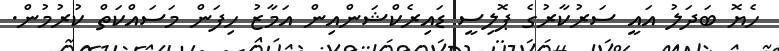
ހެޔޮ ބަދަލު އައީ ސަރުކާރުގެ ޕޮލިސީ ޑައިރެކްޝަންއިން އަމާޒު ހިފަން މަސައްކަތް ކުރުމުން.